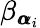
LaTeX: \beta_{{\pmb{\alpha}}_{i}}